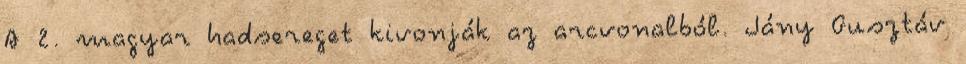
A 2. magyar hadsereget kivonják az arcvonalból. Jány Gusztáv